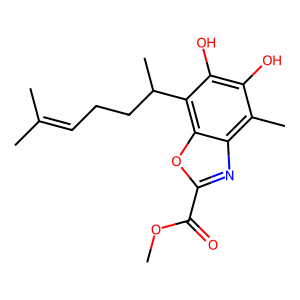
SMILES: COC(=O)c1nc2c(C)c(O)c(O)c(C(C)CCC=C(C)C)c2o1
Inhibits HIV replication: No